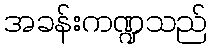
အခန်းကဏ္ဍသည်